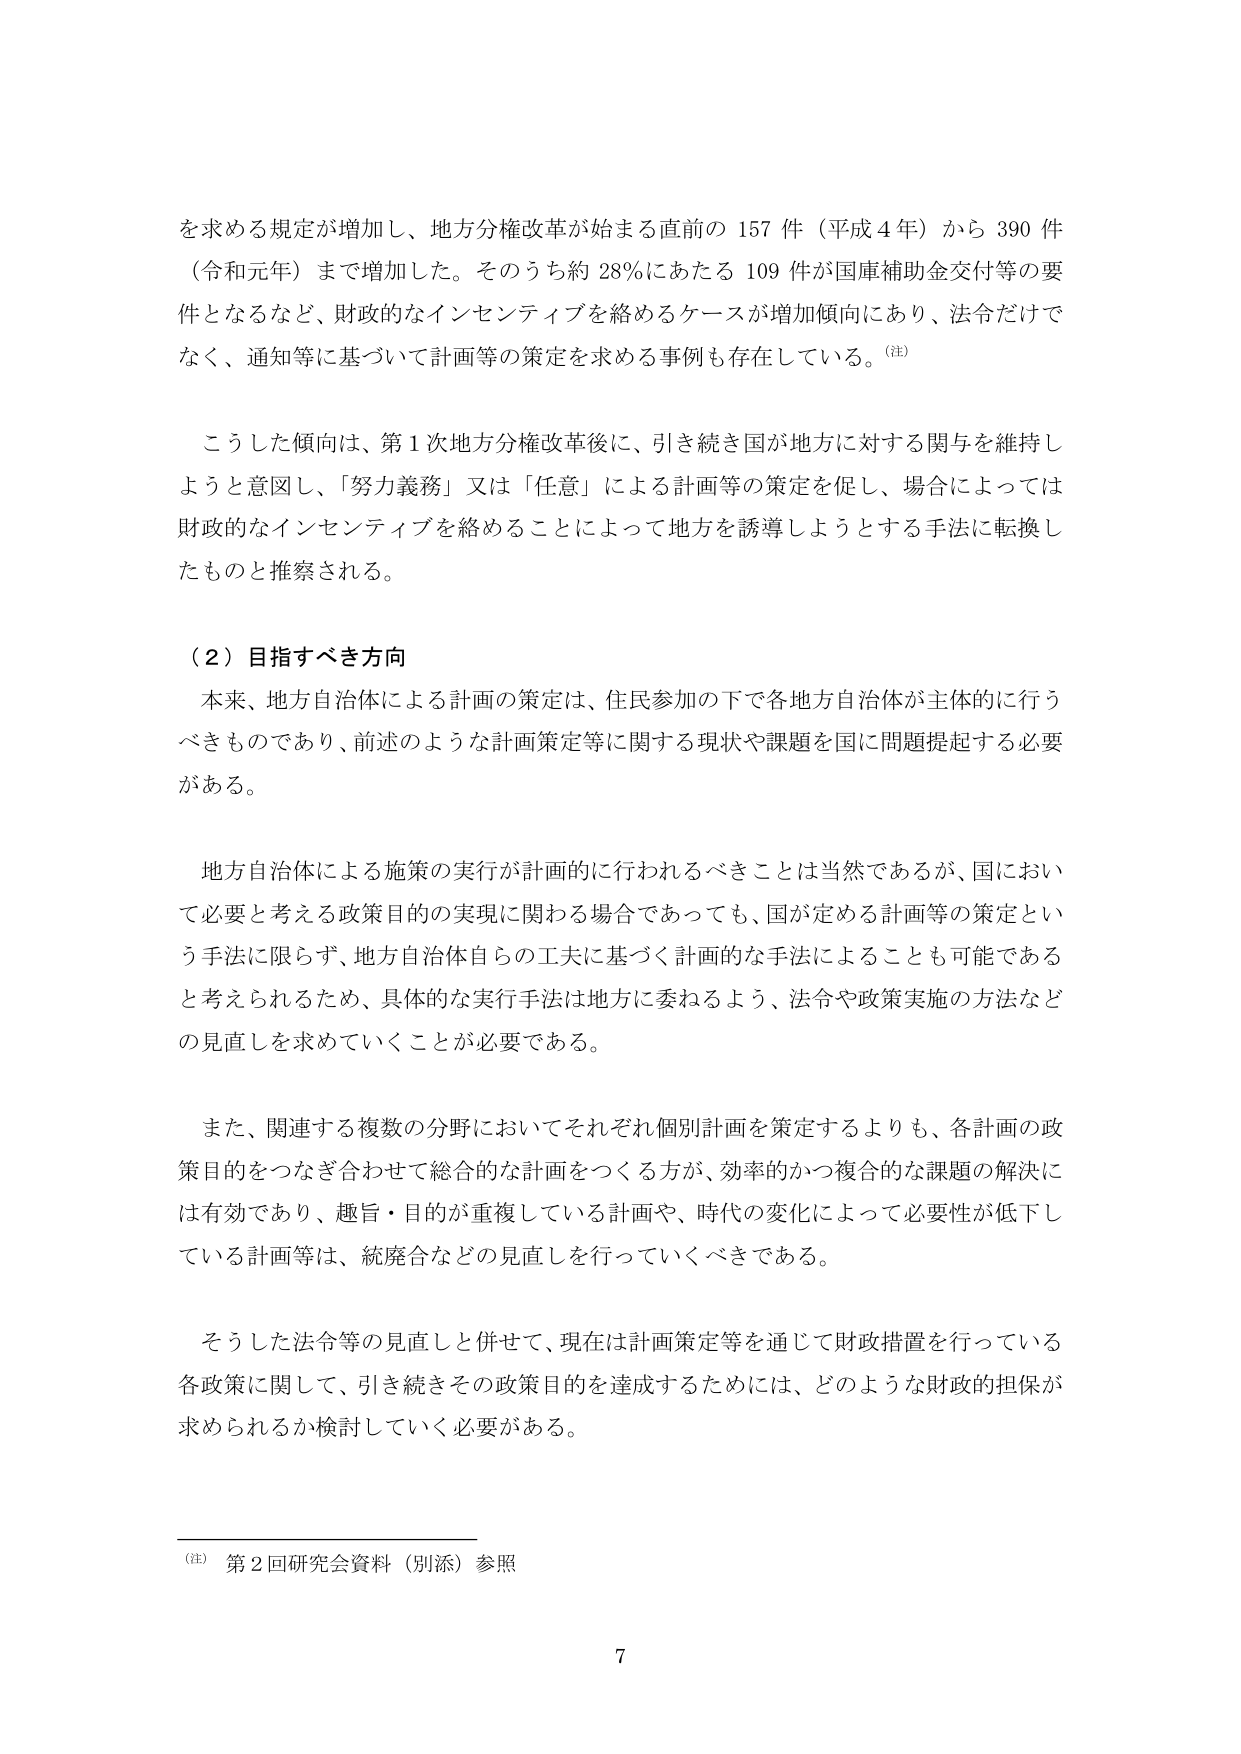
を求める規定が増加し、地方分権改革が始まる直前の 157 件（平成 4 年）から 390 件（令和元年）まで増加した。そのうち約 28％にあたる 109 件が国庫補助金交付等の要件となるなど、財政的なインセンティブを絡めるケースが増加傾向にあり、法令だけでなく、通知等に基づいて計画等の策定を求める事例も存在している。（注）

こうした傾向は、第 1 次地方分権改革後に、引き続き国が地方に対する関与を維持しようとの意図し、「努力義務」又は「任意」による計画等の策定を促し、場合によっては財政的なインセンティブを絡めることによって地方を誘導しようとする手法に転換したものと推察される。

（2）目指すべき方向

本来、地方自治体による計画の策定は、住民参加の下で各地方自治体が主体的に行うべきものであり、前述のような計画策定等に関する現状や課題を国に問題提起する必要がある。

地方自治体による施策の実行が計画的に行われるべきことは当然であるが、国において必要と考える政策目的の実現に関わる場合であっても、国が定める計画等の策定という手法に限らず、地方自治体自らの工夫に基づく計画的な手法によることも可能であると考えられるため、具体的な実行手法は地方に委ねるよう、法令や政策実施の方法などの見直しを求めていくことが必要である。

また、関連する複数の分野においてそれぞれ個別計画を策定するよりも、各計画の政策目的をつなぎ合わせて総合的な計画をつくる方が、効率的かつ複合的な課題の解決には有効であり、趣旨・目的が重複している計画や、時代の変化によって必要性が低下している計画等は、統廃合などの見直しを行っていくべきである。

そうした法令等の見直しと併せて、現在は計画策定等を通じて財政措置を行っている各政策に関して、引き続きその政策目的を達成するためには、どのような財政的担保が求められるか検討していく必要がある。

（注）第 2 回研究会資料（別添）参照

7